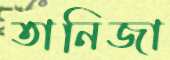
তানিজা